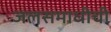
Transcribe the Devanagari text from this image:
जलसमाधीची